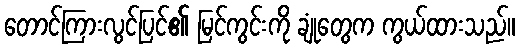
တောင်ကြားလွင်ပြင်၏ မြင်ကွင်းကို ချုံတွေက ကွယ်ထားသည်။